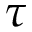
\tau